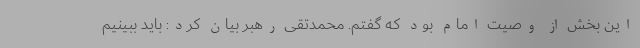
این بخش از وصیت امام بود که گفتم. محمدتقی رهبر بیان کرد: باید ببینیم